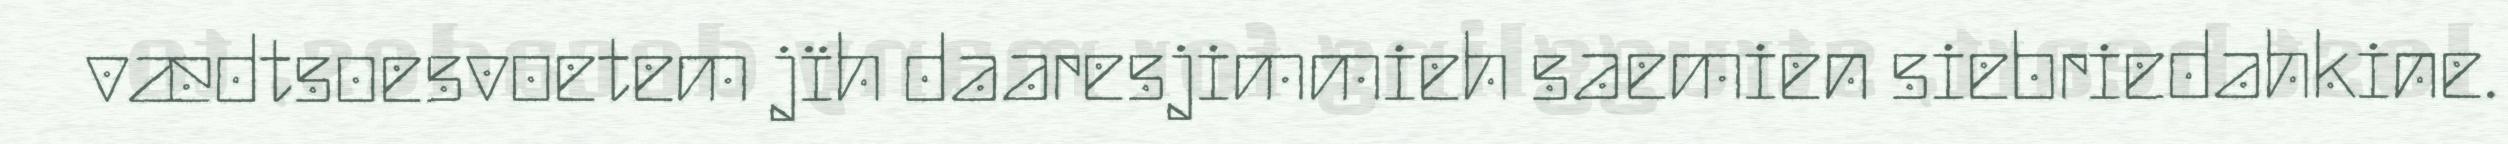
vædtsoesvoetem jïh daaresjimmieh saemien siebriedahkine.